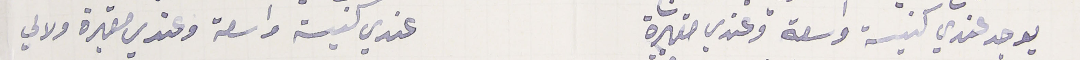
يوجد عندي كنيسة واسعة وعندي مقبرة              عندي كنيسة واسعة وعندي مقبرة ولالي